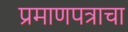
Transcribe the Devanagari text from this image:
प्रमाणपत्राचा